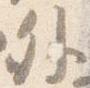
外